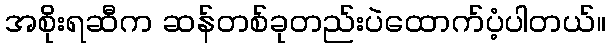
အစိုးရဆီက ဆန်တစ်ခုတည်းပဲထောက်ပံ့ပါတယ်။